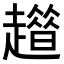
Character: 𧾀